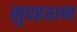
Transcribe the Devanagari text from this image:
सुदरशन